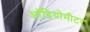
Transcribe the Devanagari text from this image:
ऑडियोमीटर